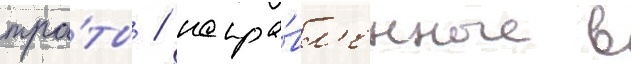
тра́ты / напра́вл'енные в